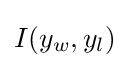
I(y_{w},y_{l})